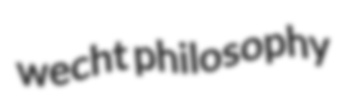
wecht philosophy